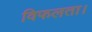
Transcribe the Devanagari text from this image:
विफलता।